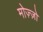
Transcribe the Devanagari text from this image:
मोज़्ज़ो